65_HS1-834228961_62-HQ-83894_Section_1
Agency: FBI
Page 8
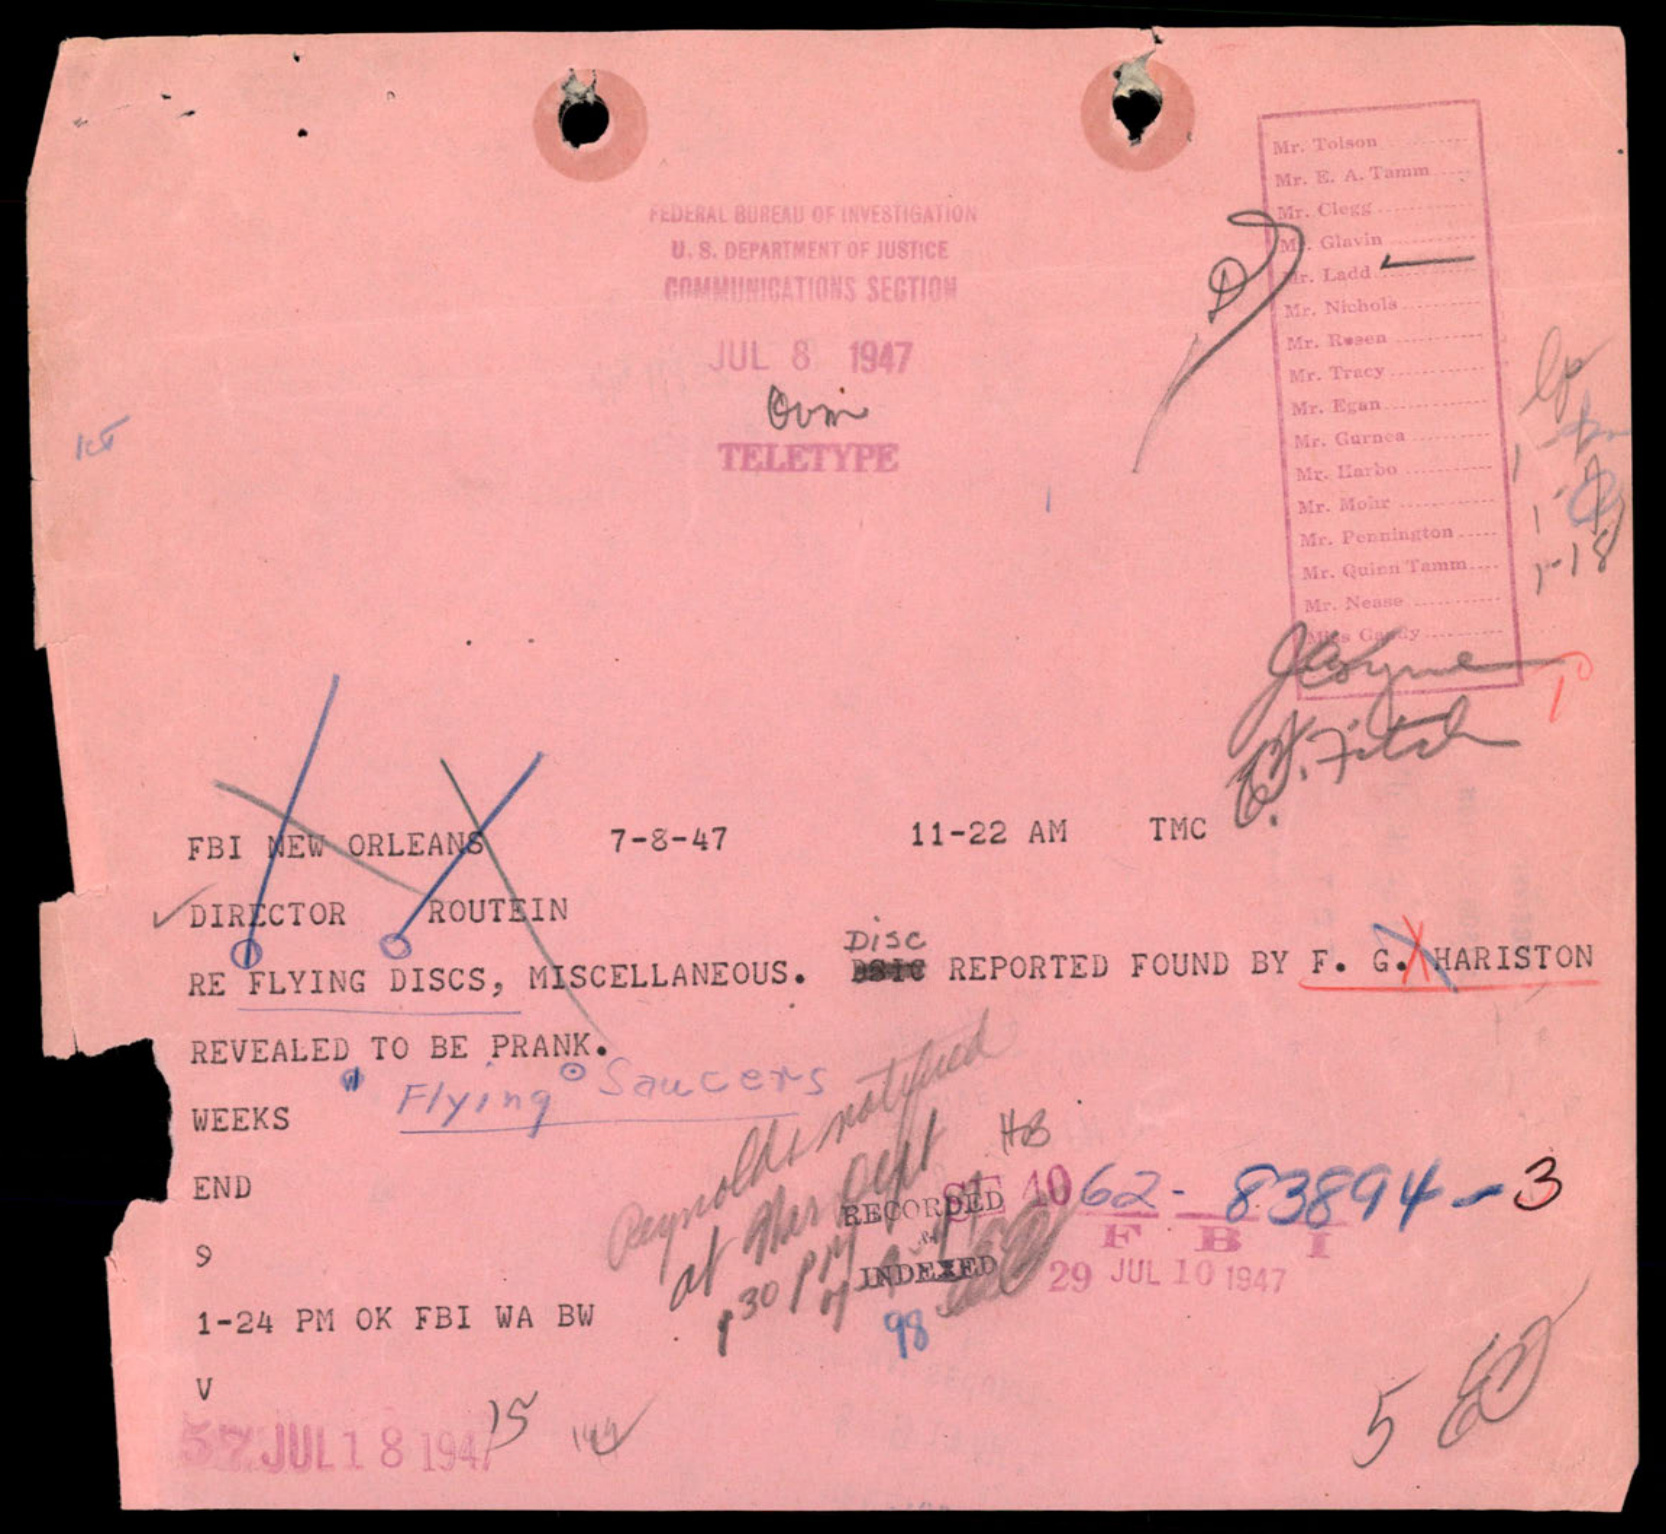